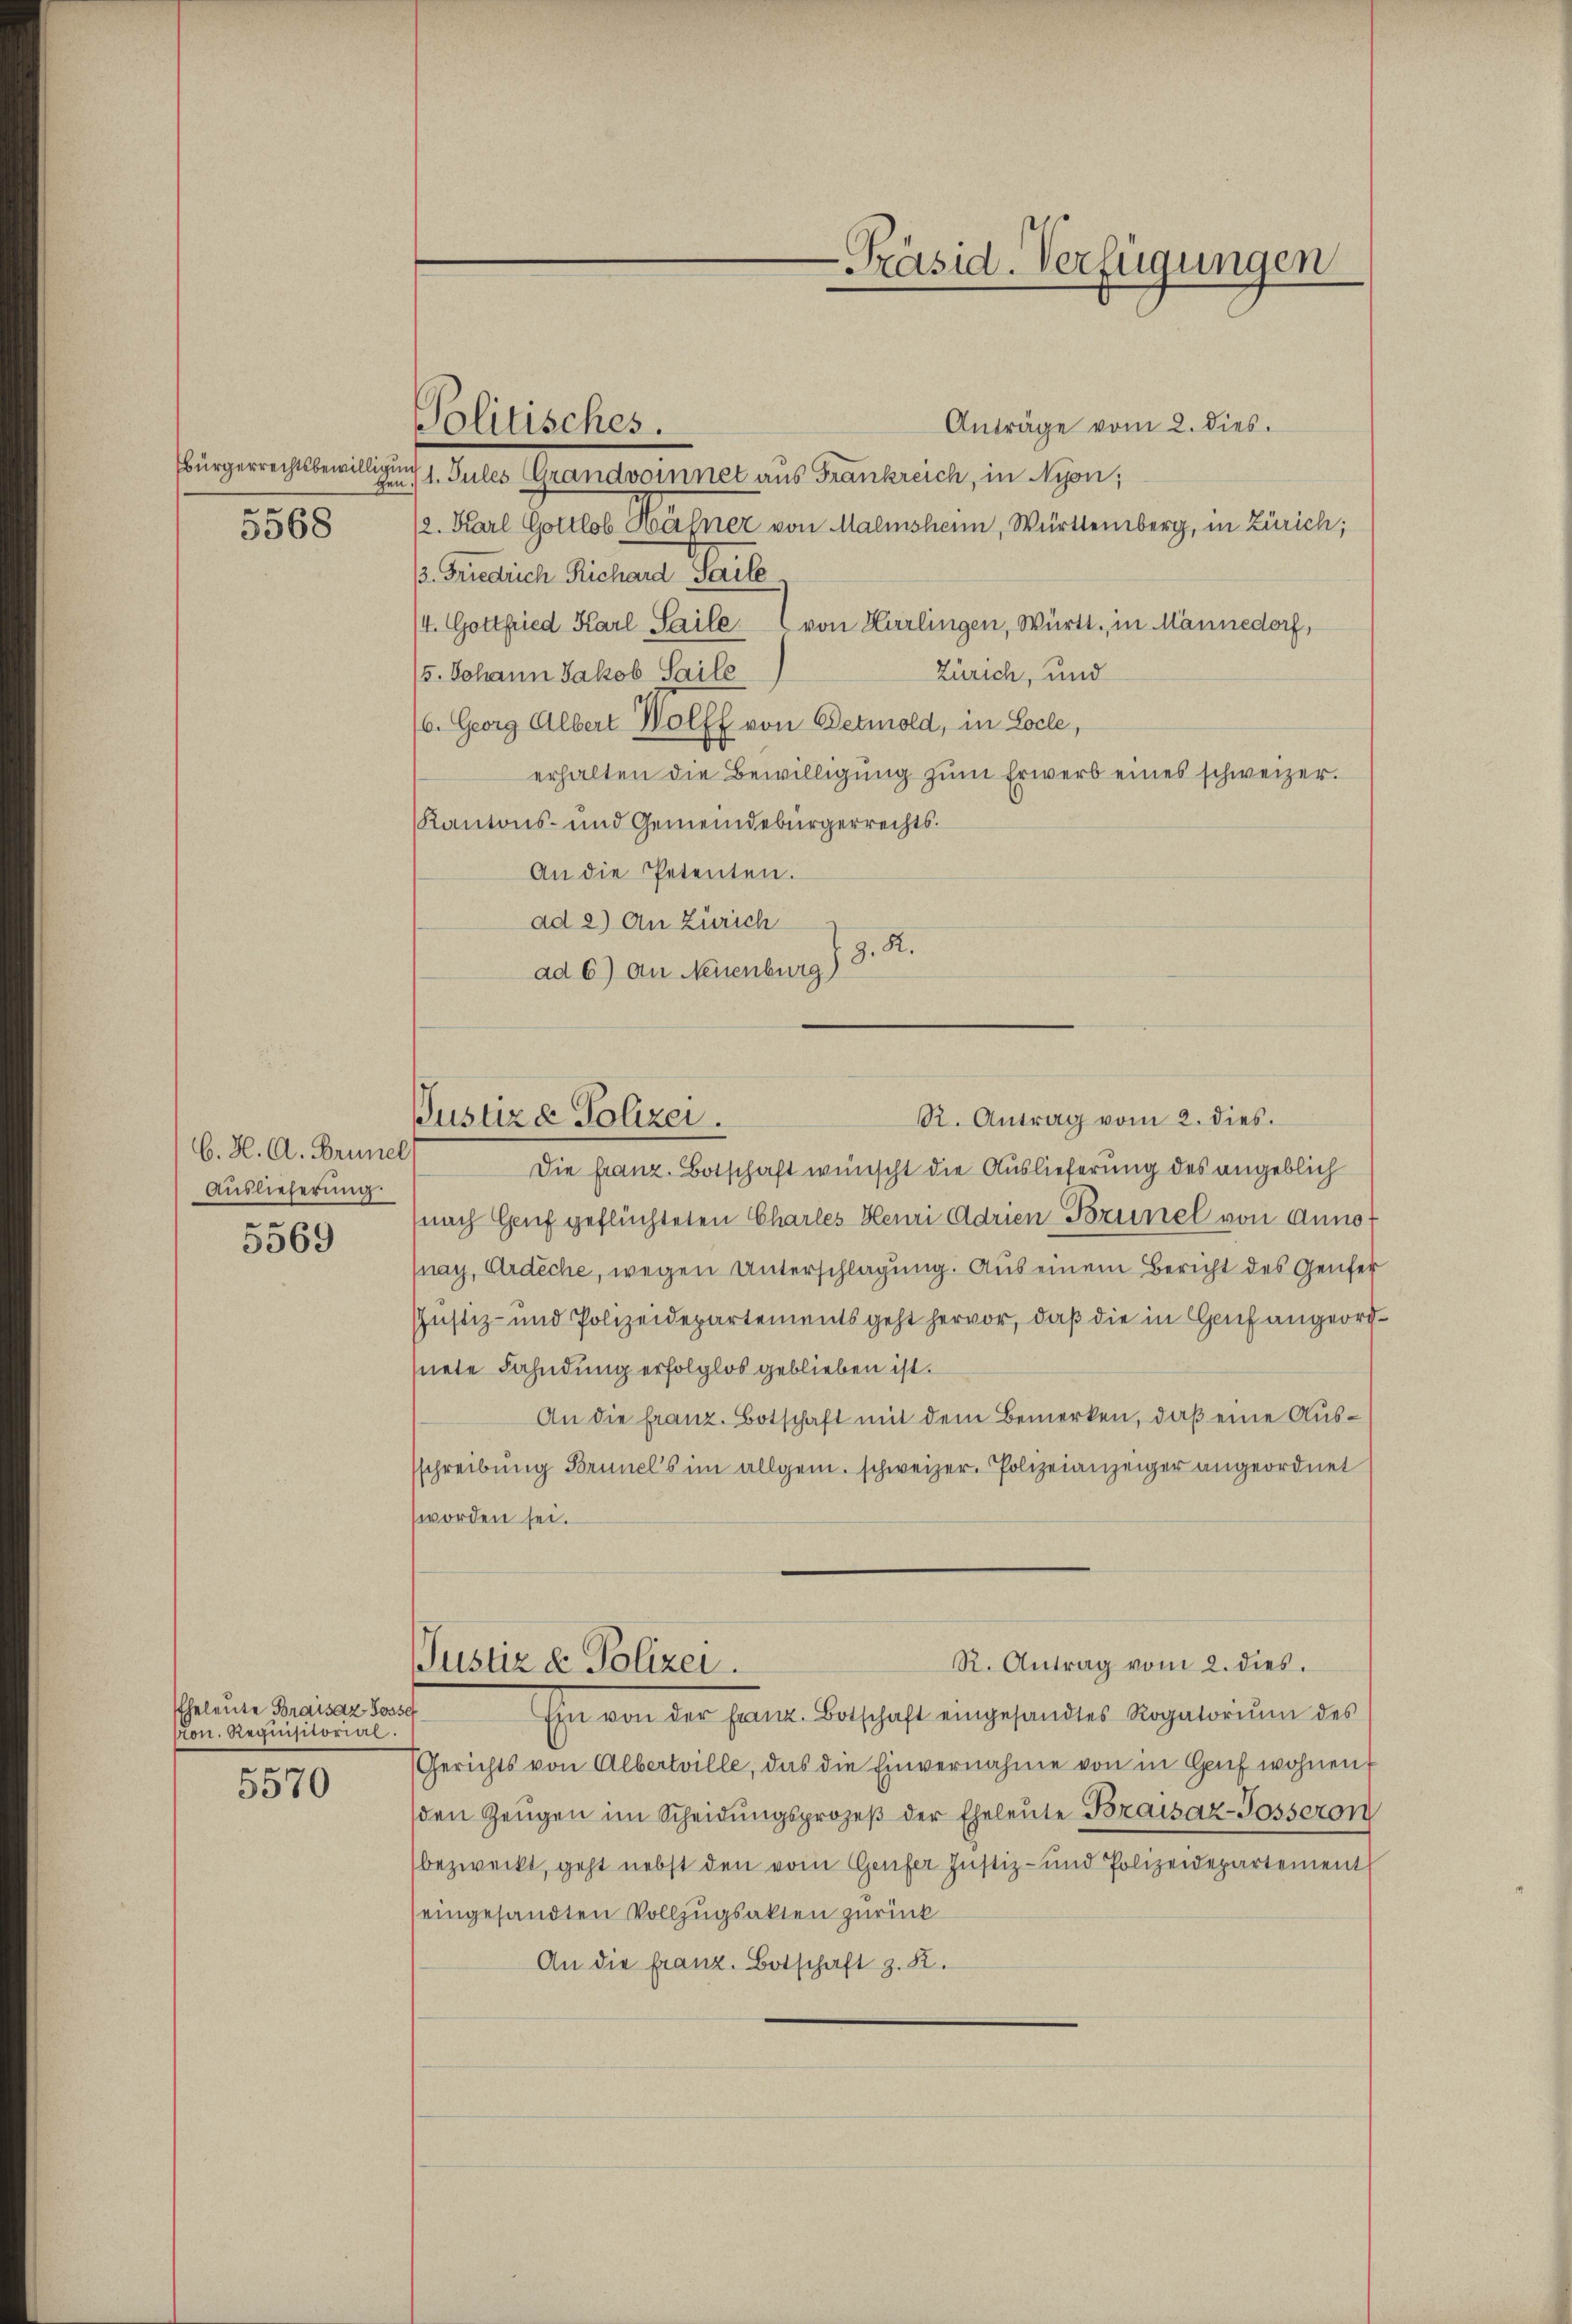
bürgerrechtsbewilligun
5568

C. H. A. Brunel
Auslieferung
5569

Eheleute Braisaz Posse
Cton. Requisitorial.

5570

Anträge vom 2. dies.
gen, 1. Jules Grandvoinnet aus Frankreich, in Nijon;
12. Karl Gottlob er einer von Malmshain, Württemberg, in Zürich;
13. Friedrich Richard Saile
/4. Gottfried Karl Saile.  von Karlingen, Württ. in Männedorf,
Zürich, und
/6. Johann Jakob Saile
6. Georg Albert Wolff von Detmold, in Locle,
erhalten die Bewilligung zŭm Erwerb eines schweizer.
Kantons- und Gemeindebürgerrechts¬
An die Petenten.
ad 2) An Zürich
ad 6) an Neuenburg) 8. R.

Politisches.

R. Antrag vom 2. dies.
Pustiz & Polizei.

Die Franz. Botschaft wünscht die Auslieferung des angeblich
nach Genf geflüchteten Charles Henri Adrien Brunel von Anno
(nach, Ardiche, wegen Unterschlagung. Aus einem Bericht des Genfei
Justiz- und Polizeidepartements geht hervor, daß die in Genf angeordhnete Fahndung erfolglos geblieben ist.
An die franz. Botschaft mit dem Bemerken, daß eine Aussschreibŭng Brunels im allgem. schweizer. Polizeianzeiger angeordnet
worden sei.
R. Antrag vom 2. dies.
Justiz & Polizei.
Ein von der Franz. Botschaft eingesandtes Rogatoriŭm des
Gerichts von Albertille, das die Einvernahme von in Genf wohnen.
sden Zeugen im Scheidŭngsprozeβ der Eheleute Braisaz-Posseron
bezweckt, geht nebst den vom Genfer Justiz- und Polizeidepartement
eingesandten Vollzugsakten zurück
An die franz. Botschaft z. K.

Präsid. Verfügungen